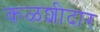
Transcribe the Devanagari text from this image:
कळशीदार